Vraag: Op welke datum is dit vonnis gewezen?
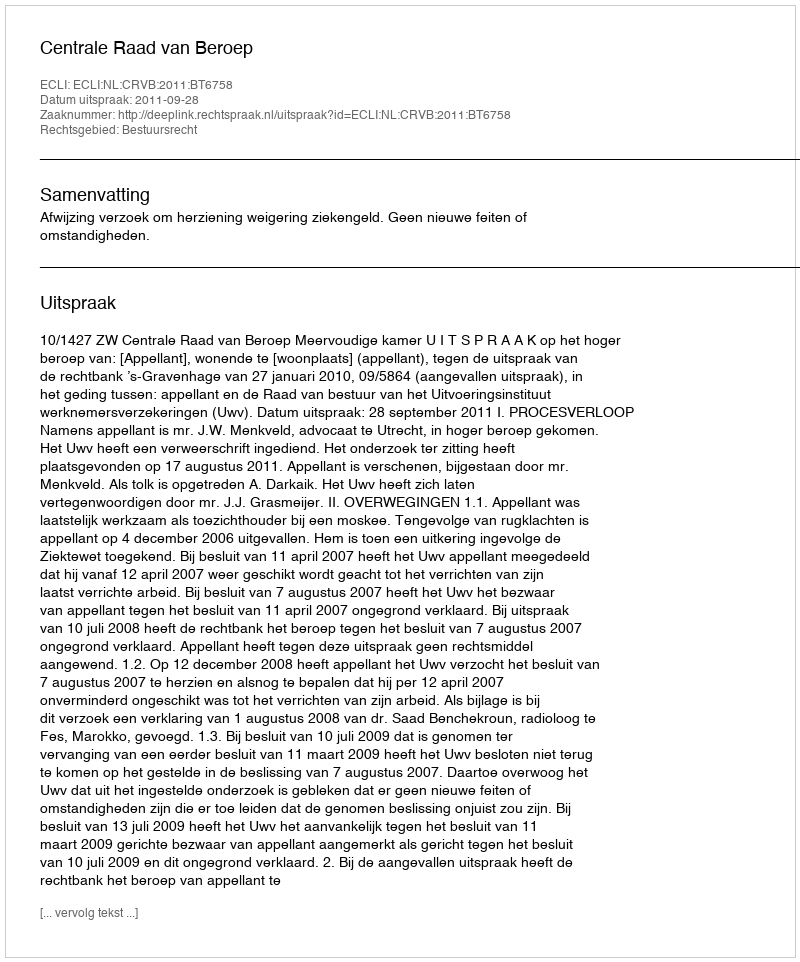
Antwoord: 2011-09-28